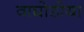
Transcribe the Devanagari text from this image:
वाघोडीया